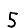
Digit: 5